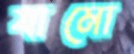
যামো